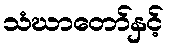
သံဃာတော်နှင့်